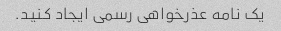
یک نامه عذرخواهی رسمی ایجاد کنید.